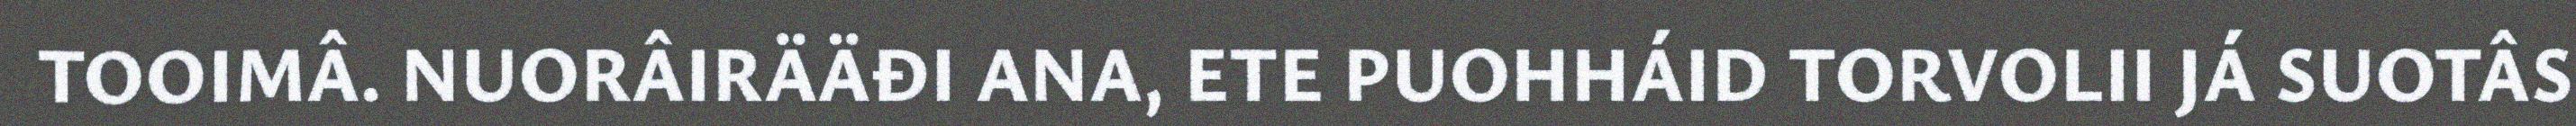
TOOIMÂ. NUORÂIRÄÄĐI ANA, ETE PUOHHÁID TORVOLII JÁ SUOTÂS